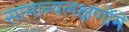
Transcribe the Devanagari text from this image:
सामान्यलक्षणोंमें